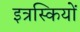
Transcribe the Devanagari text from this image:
इत्रस्कियों